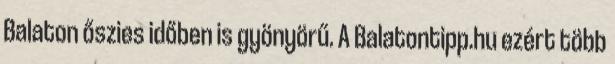
Balaton őszies időben is gyönyörű. A Balatontipp.hu ezért több